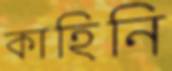
কাহিনি